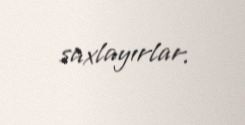
saxlayırlar.